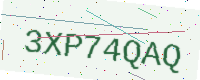
Text: 3XP74QAQ